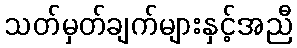
သတ်မှတ်ချက်များနှင့်အညီ